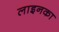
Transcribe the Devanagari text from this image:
लाइनका